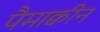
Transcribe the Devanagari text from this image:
पैमाक्वीन